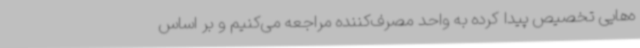
ه‌هایی تخصیص پیدا کرده به واحد مصرف‌کننده مراجعه می‌کنیم و بر اساس